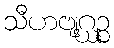
သီဟဗျဂ္ဃဉ္စ